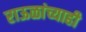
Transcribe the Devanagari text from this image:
राऊळांच्याही